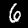
Digit: 6